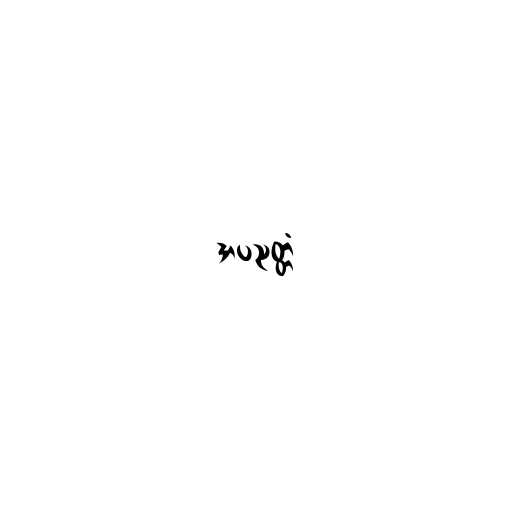
အပညတ္တံ